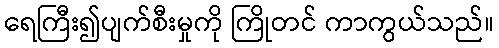
ရေကြီး၍ပျက်စီးမှုကို ကြိုတင် ကာကွယ်သည်။